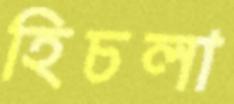
হিচলা